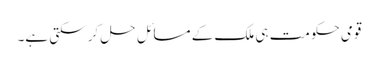
قومی حکومت ہی ملک کے مسائل حل کر سکتی ہے۔